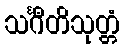
သင်္ဂီတိသုတ္တံ